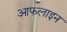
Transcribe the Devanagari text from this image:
आफलाइन